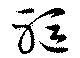
躯